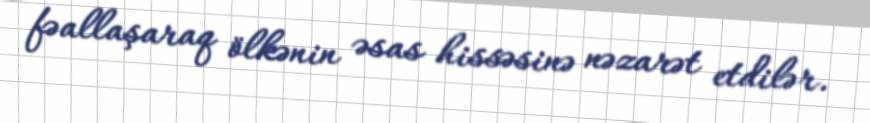
fəallaşaraq ölkənin əsas hissəsinə nəzarət etdilər.